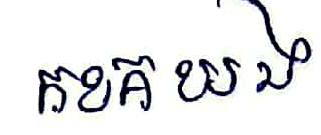
កខគឃង